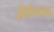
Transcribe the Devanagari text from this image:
तीर्थयात्रेचा